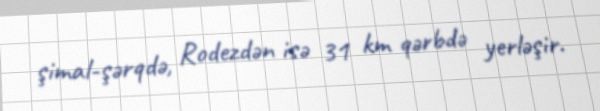
şimal-şərqdə, Rodezdən isə 31 km qərbdə yerləşir.